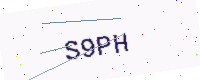
Text: S9PH